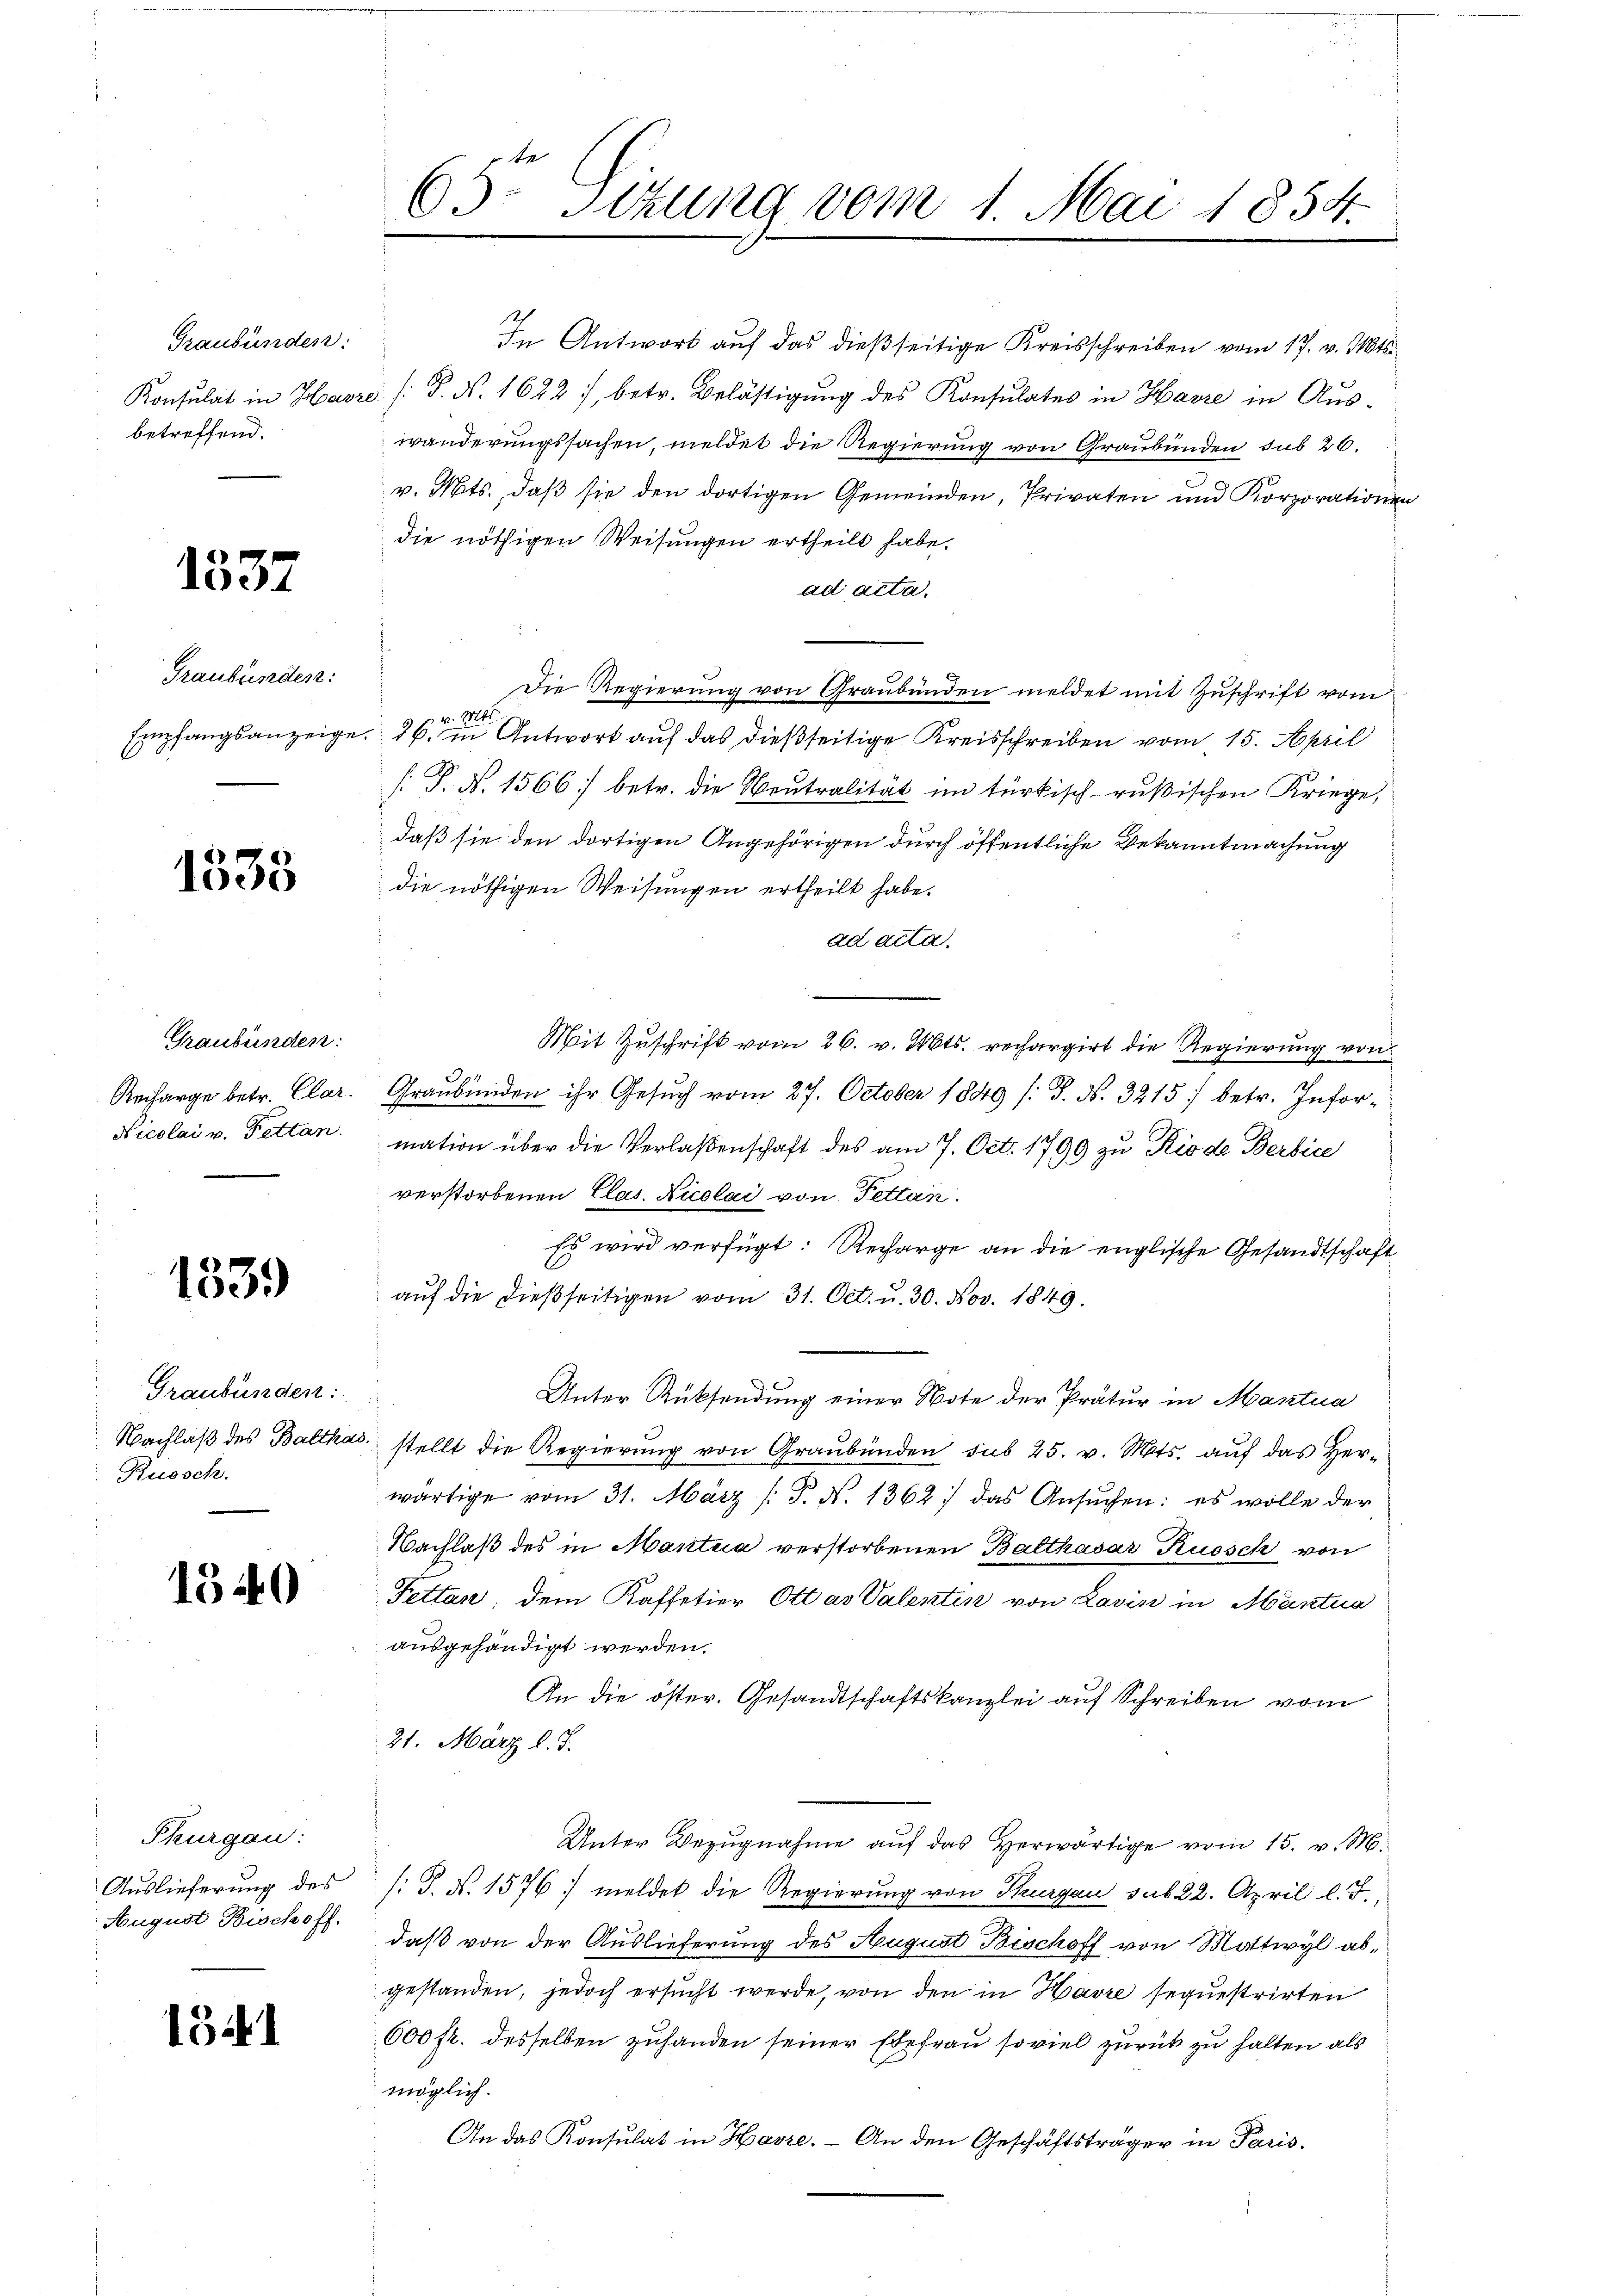
Graubünden:
betreffend.

1537

Graubünden:
Empfangsanzeige

1333

Graubünden:
Recharge betr. Clar.
Nicolai v. Pettan

1339)

Graubünden:
Nachlaß des Balthas
Ruosch.

1540

Phurgau:
Auslieferung des
August Bischoff.

1541

63. Ilzung vom 1. Mai 1854.

In Antwort auf das dießseitige Kreisschreiben vom 17. v. 310.
Konsulat in Havre /: P. N. 1622), betr. Belästigung des Konsulates in Havre in Auswänderungssachen, meldet die Regierung von Graubünden sub 26.
v. Mts., daβ sie den dortigen Gemeinden, Privaten und Korporation
die nöthigen Weisungen ertheilt habe.
ad acta.
Die Regierung von Graubünden meldet mit Zuschrift vom
 v. Mts.
26. in Antwort auf das dießseitige Kreisschreiben vom 15. April
[: P. N. 1566 betr. die Neutralität im türkisch-rußischen Kriege,
daß sie den dortigen Angehörigen durch öffentliche Bekanntmachung
die nöthigen Weisungen ertheilt habe.
ad acta.
Mit Zuschrift vom 26. v. Mts. rechargirt die Regierung von
394
Graubünden ihr Gesuch vom 27. October 1849 s. S. Nr. 3215 betr. Information über die Verlaßenschaft des am 7. Oct. 1799 zu Rio de Berlice
verstorbenen Clas. Nicolai von Pettan.
Es wird verfügt: Recharge an die englische Gesandtschaft
aŭf die dießseitigen vom 31. Oct. u. 30. Nov. 1849.
Unter Rücksendung einer Note der Prätur in Mantua
. stellt die Regierung von Graubünden sub 25. v. Mts. auf das Her-
wärtige vom 31. März [P. N. 1362) das Ansuchen: es wolle der
Nachlaß des in Mantua verstorbenen Balthasar Ruesch von
Pettan; dem Kaffetier Ott an Valentin von Lavin in Mantua
ausgehändigt werden.
An die öster. Gesandtschaftskanzlei auf Schreiben vom
21. März l. J.
Unter Bezŭgnahme aŭf das herwärtige vom 15. v. M.
s: P. N. 1576 meldet die Regierung von Thurgau sub 22. April l. J.,
daß von der Auslieferung des August Bischoff von Mattwyl abgestanden, jedoch ersucht werde, von den in Havre sequestrirten
600 fl. desselben zuhanden seiner Ehefrau so viel zurück zu halten als
möglich.
An das Konsulat in Havre. — An den Geschäftsträger in Paris.